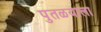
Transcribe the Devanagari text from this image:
पुतळयाला